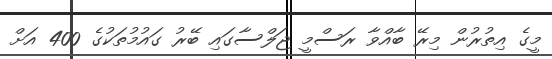
މީގެ އިތުރުން މިރޭ ބާއްވާ ރަސްމީ ޖަލްސާގައި ބޭރު ގައުމުތަކުގެ 400 އަށް